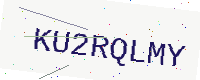
Text: KU2RQLMY